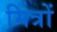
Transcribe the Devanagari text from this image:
मित्रों